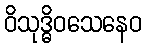
ဝိသုဒ္ဓိဝသေနေဝ